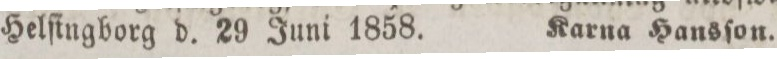
Helſingborg d. 29 Juni 1858. Karna Hansſon.